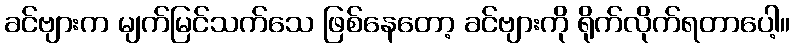
ခင်ဗျားက မျက်မြင်သက်သေ ဖြစ်နေတော့ ခင်ဗျားကို ရိုက်လိုက်ရတာပေါ့။